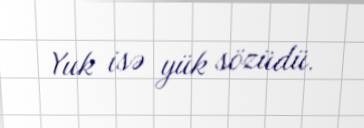
Yuk isə yük sözüdü.